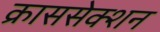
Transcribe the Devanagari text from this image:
क्राससेक्शन